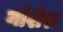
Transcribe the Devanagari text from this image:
नॉशेरा